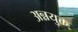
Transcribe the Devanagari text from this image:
अन्नयुक्त